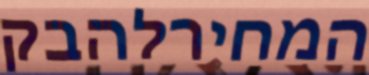
המחירלהבק